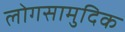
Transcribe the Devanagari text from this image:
लोगसामुदिक